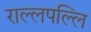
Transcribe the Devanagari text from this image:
राल्लपल्लि